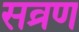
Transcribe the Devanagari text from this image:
सव्रण